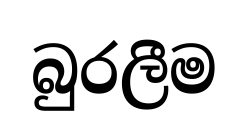
බුරලීම